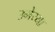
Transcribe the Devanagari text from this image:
उमेय्या